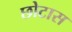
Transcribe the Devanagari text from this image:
छोटास